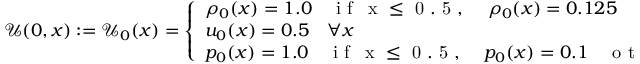
\mathcal { U } ( 0 , x ) : = \mathcal { U } _ { 0 } ( x ) = \left\{ \begin{array} { l l } { \rho _ { 0 } ( x ) = 1 . 0 \quad \mathrm { ~ i ~ f ~ \, ~ x ~ \leq ~ 0 ~ . ~ 5 ~ , ~ } \quad \rho _ { 0 } ( x ) = 0 . 1 2 5 \quad \mathrm { ~ o ~ t ~ h ~ e ~ r ~ w ~ i ~ s ~ e ~ } } \\ { u _ { 0 } ( x ) = 0 . 5 \quad \forall x } \\ { p _ { 0 } ( x ) = 1 . 0 \quad \mathrm { ~ i ~ f ~ \, ~ x ~ \leq ~ 0 ~ . ~ 5 ~ , ~ } \quad p _ { 0 } ( x ) = 0 . 1 \quad \mathrm { ~ o ~ t ~ h ~ e ~ r ~ w ~ i ~ s ~ e ~ } } \end{array} \right.